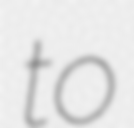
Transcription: to